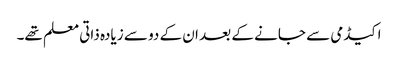
اکیڈمی سے جانے کے بعد ان کے دو سے زیادہ ذاتی معلم تھے۔